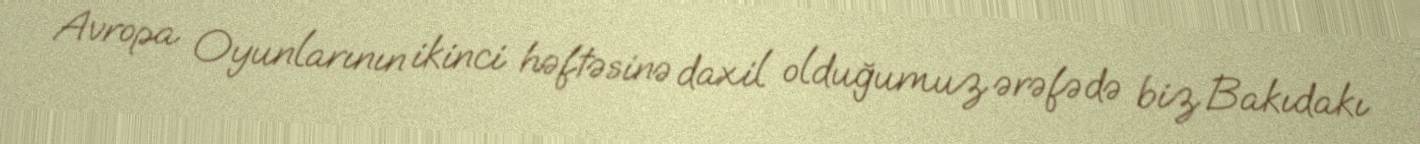
Avropa Oyunlarının ikinci həftəsinə daxil olduğumuz ərəfədə biz Bakıdakı